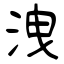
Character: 洩